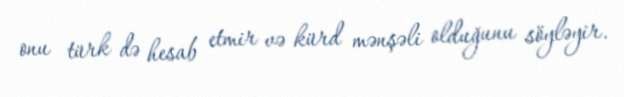
onu türk də hesab etmir və kürd mənşəli olduğunu söyləyir.